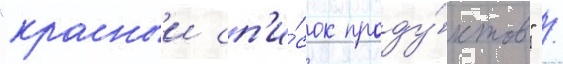
"красныи сп'и́сок проду́ктов" /